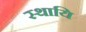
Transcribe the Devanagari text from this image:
स्थायि